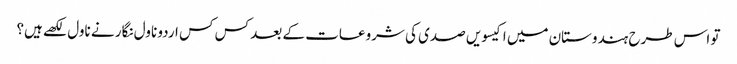
تو اس طرح ہندوستان میں اکیسویں صدی کی شروعات کے بعد کس کس اردو ناول نگار نے ناول لکھے ہیں؟